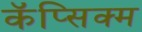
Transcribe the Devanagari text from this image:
कॅप्सिक्म